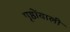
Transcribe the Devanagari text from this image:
पृष्ठोंवाली